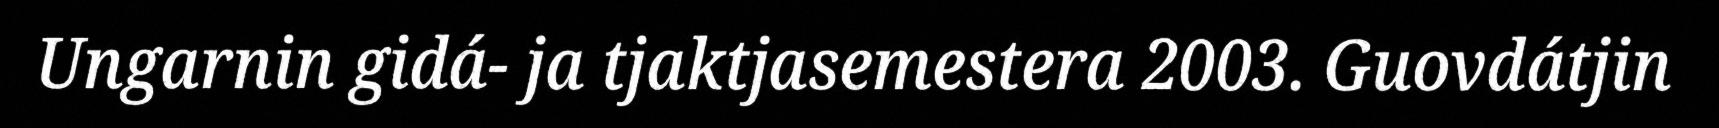
Ungarnin gidá- ja tjaktjasemestera 2003. Guovdátjin